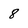
Character: 8